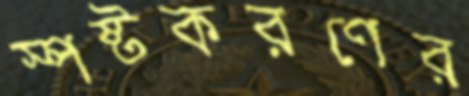
স্পষ্টকরণের